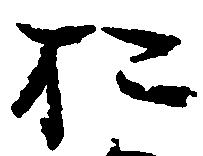
於